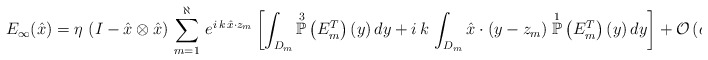
\begin{align*}E_{\infty}(\hat{x}) = \eta \, \left( I - \hat{x} \otimes \hat{x} \right) \, \sum_{m=1}^{\aleph} \, e^{i \, k \, \hat{x} \cdot z_{m}} \left[ \int_{D_{m}} \overset{3}{\mathbb{P}}\left(E^T_{m}\right)(y) \, dy + i \, k \, \int_{D_{m}} \hat{x} \cdot (y-z_{m}) \; \overset{1}{\mathbb{P}}\left(E^T_{m}\right)(y) \, dy \right]+\mathcal{O}\left( a \right).\end{align*}